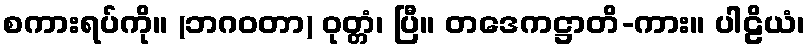
စကားရပ်ကို။ (ဘဂဝတာ) ဝုတ္တံ၊ ပြီ။ တဒေကဋ္ဌာတိ-ကား။ ပါဠိယံ၊